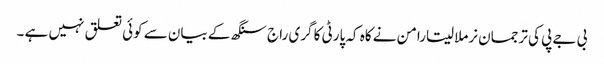
بی جے پی کی ترجمان نرملا سیتارامن نے کاہ کہ پارٹی کا گری راج سنگھ کے بیان سے کوئی تعلق نہیں ہے ۔